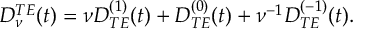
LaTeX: \begin{array} { c } { { \displaystyle { D _ { \nu } ^ { T E } ( t ) = \nu D _ { T E } ^ { ( 1 ) } ( t ) + D _ { T E } ^ { ( 0 ) } ( t ) + \nu ^ { - 1 } D _ { T E } ^ { ( - 1 ) } ( t ) . } } } \end{array}